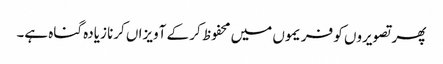
پھر تصویروں کو فریموں میں محفوظ کر کے آویزاں کرنا زیادہ گناہ ہے۔